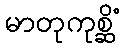
မာတုကုစ္ဆိံ